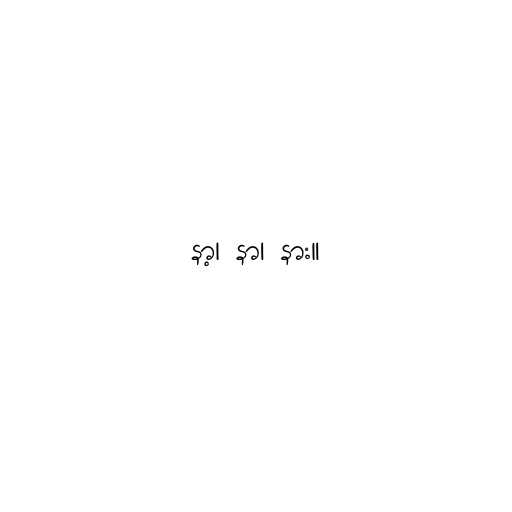
နာ့၊ နာ၊ နား။